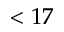
< 1 7